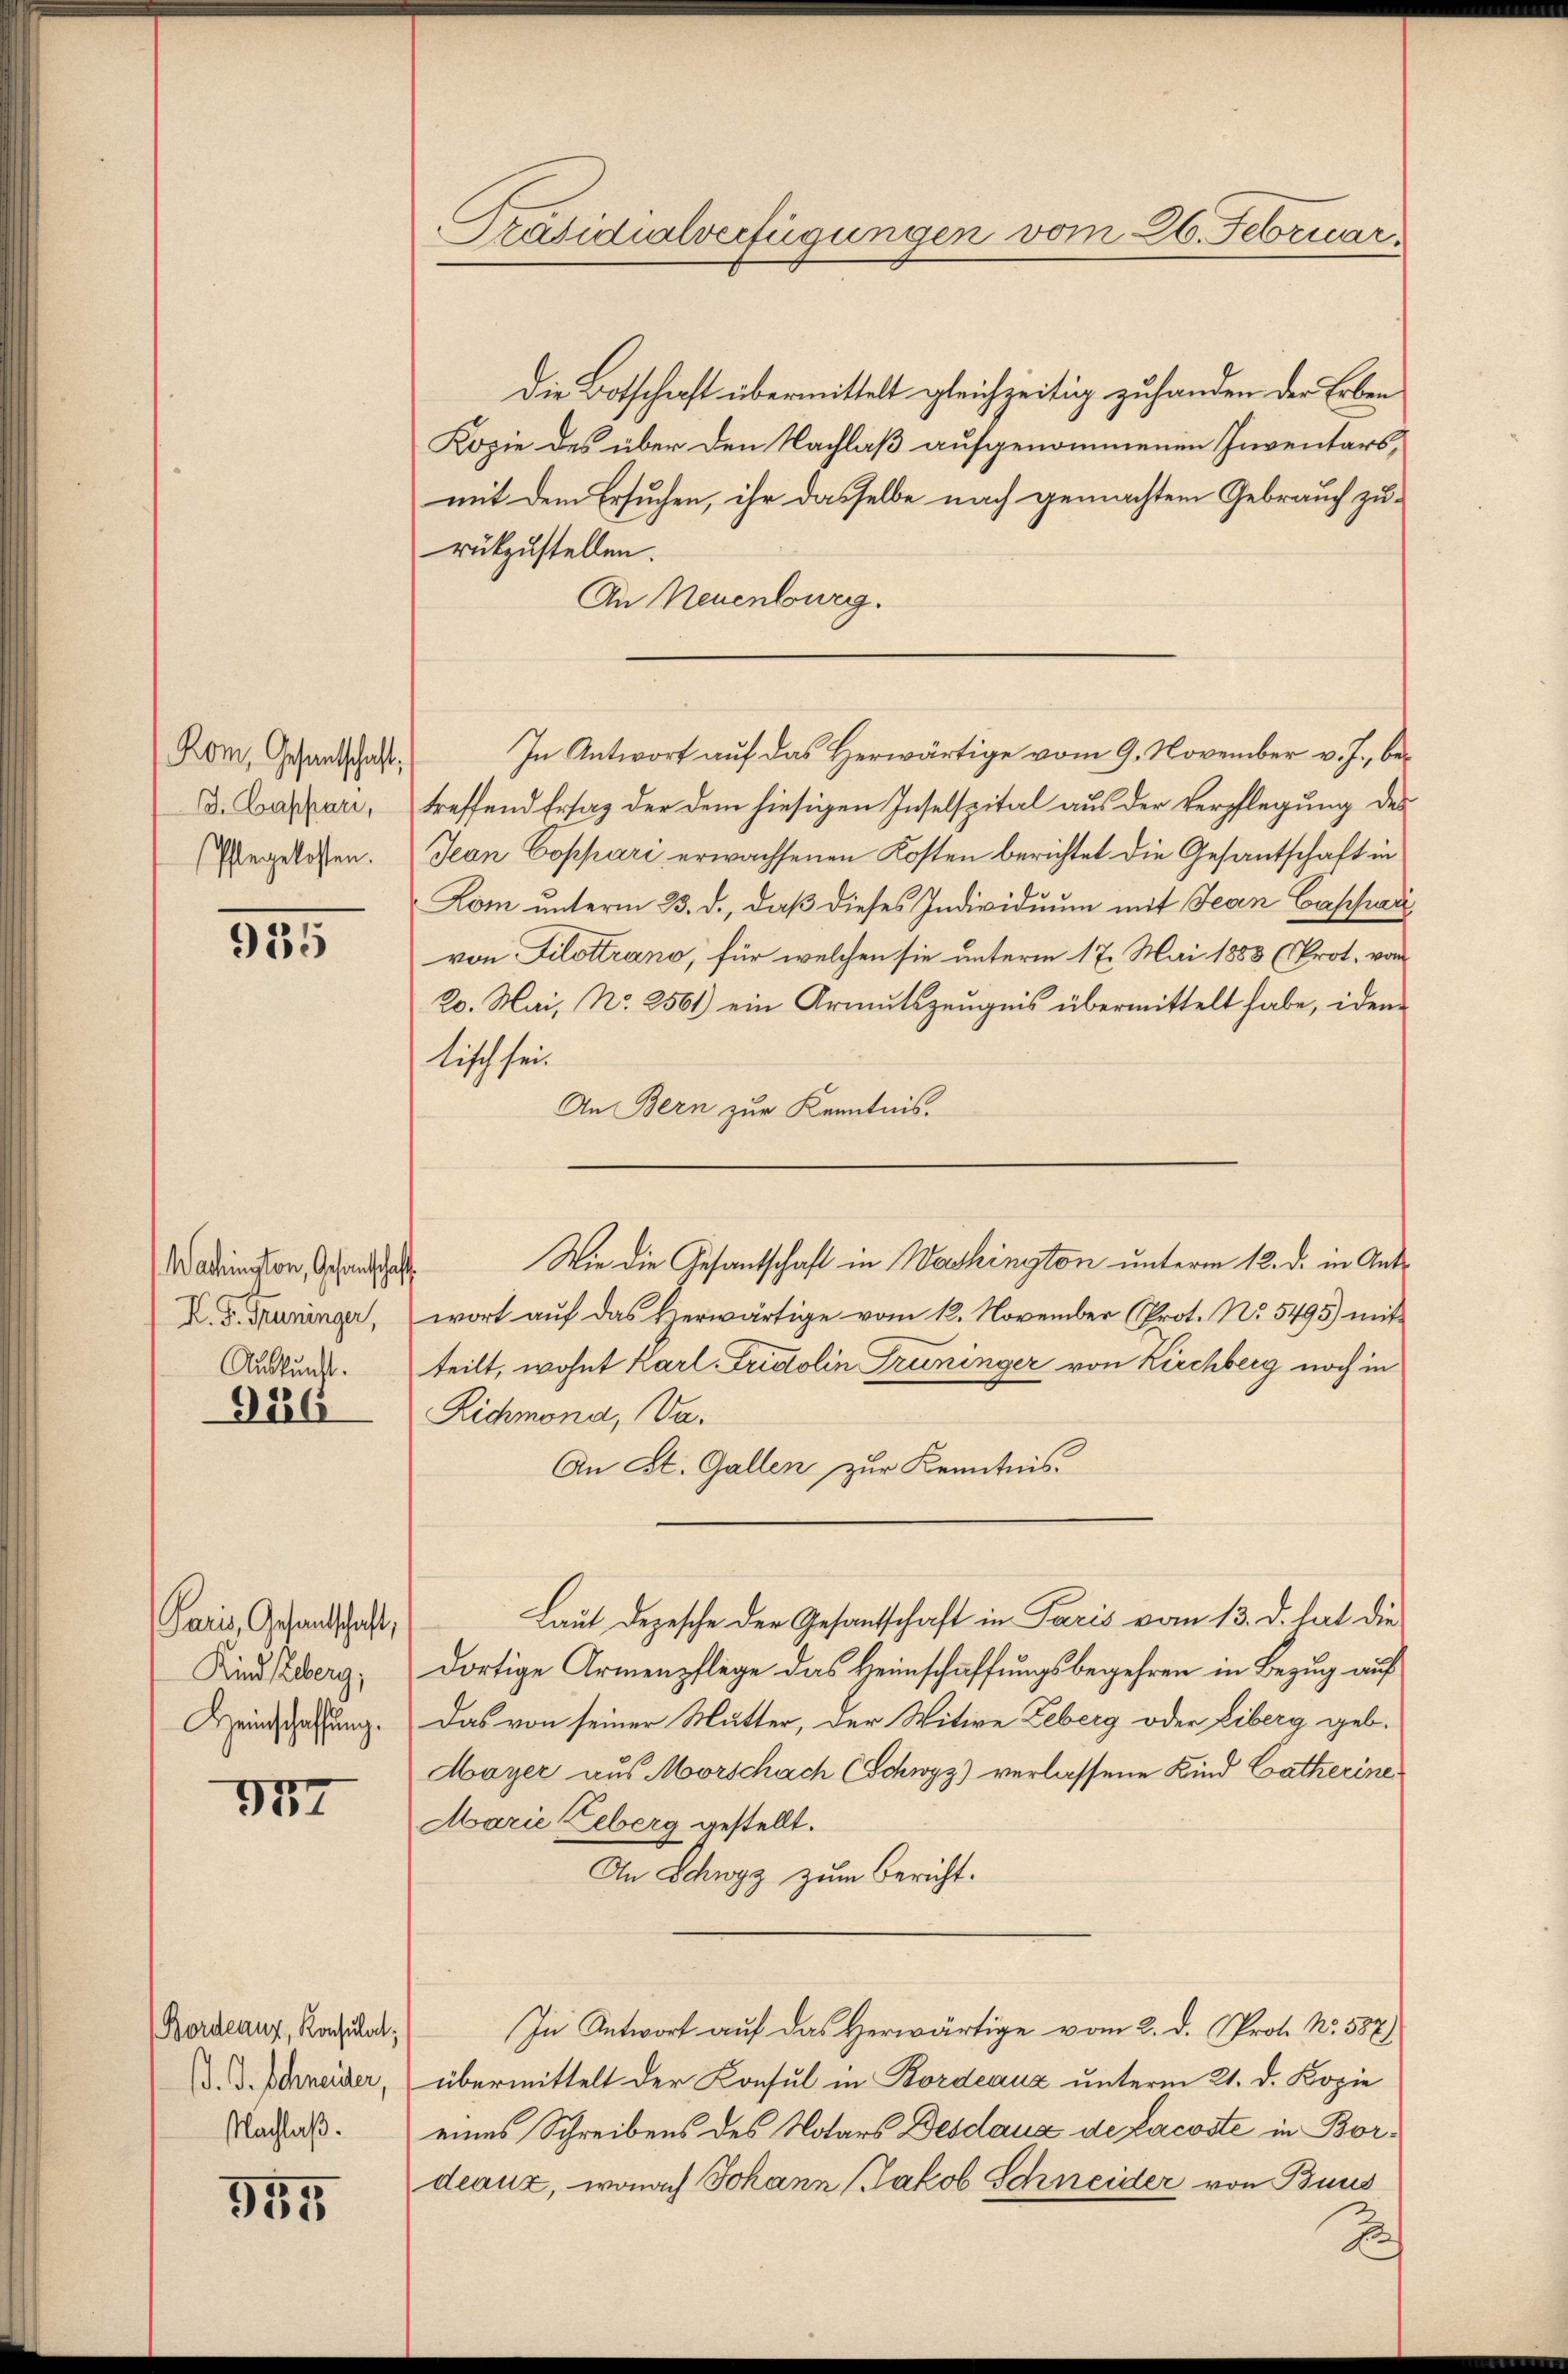
Rom, Gesantschaft,
. Caspari,
(Pflegelosten.

935

Wachington, Gesandtschaft
K. J. Truninger,
Auskunft.

926

Paris, Gesandtschaft,
Kind Leberg;
Heinschaffung.

177

955

Bordeaux, Konsulat,
. J. Schneider,
Nachlaß.

Präsidialverfügungen vom 26. Februar

Die Botschaft übermittelt gleichzeitig zuhanden der Erben
Kopie des über den Nachlaß aufgenommenen Inventars,
mit dem Ersuchen, ihr dasselbe nach gemachtem Gebrauch zurükzustellen.
An Neuenburg.
In Antwort auf das Herwärtige vom 9. November v. J., betreffend Ersaz der dem hiesigen Inselspital aus der Verpflegung des
Jean Coppari erwachsenen Kosten berichtet die Gesantschaft in
Lom unterm 23. d., daß dieses Individuum mit Jean Cassari
von Filettrano, für welchen sie unterm 17. Mai 1883 (Prot. von
20. Mai, No 2561) ein Armutszeugnis übermittelt habe, iden
tisch sei.
An Bern zur Kenntnis.
Wie die Gesantschaft in Washington unterm 12. d. in Antwort auf das Herwärtige vom 12. November (Prot. No. 5495) mit
teilt, wohnt Karl Fristolin Grüninger von Kirchberg noch in
Richmona, Va¬
An St. Gallen zur Kenntnis-
Laut Depesche der Gesantschaft in Paris vom 13. d. hat die
dortige Armenpflege das Heimschaffungsbegehren in Bezug auf
Das von seiner Mutter, der Witwe Leberg oder Eiberg geb.
Mayer aus Morschach (Schwyz) verlassene Kind Catherine.
Marie Geberg gestellt.
An Schwyz zum Bericht.
In Antwort auf das Herwärtige vom 2. d. Prof. No. 587)
übermittelt der Konsul in Bordeaux unterm 21. d. Kopie
eines Schreibens des Notars Desdaux de Lacoste in Bordeaux, wonach Johann Jakob Schneider von Baus

2